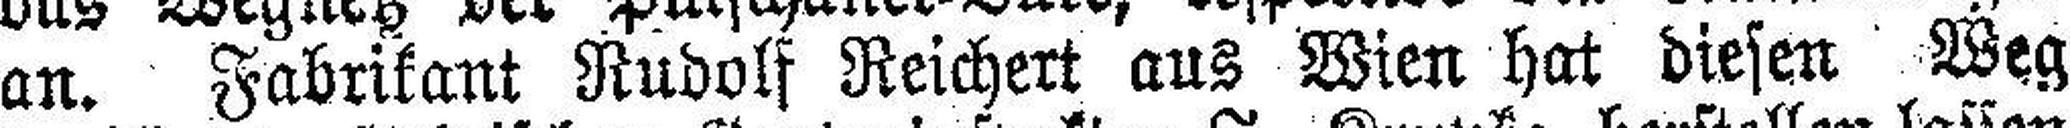
an. Fabrikant Rudolf Reichert aus Wien hat diesen Weg